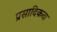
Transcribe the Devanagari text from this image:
प्रसादिकता